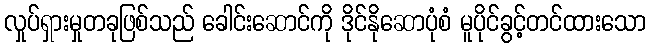
လှုပ်ရှားမှုတခုဖြစ်သည် ခေါင်းဆောင်ကို ဒိုင်နိုဆောပုံစံ မူပိုင်ခွင့်တင်ထားသော